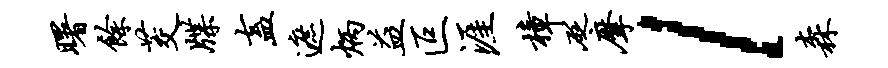
曙余茭牒盍遮炳益叵涯樟砭摩l森